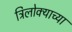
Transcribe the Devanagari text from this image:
त्रिलोक्याच्या